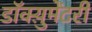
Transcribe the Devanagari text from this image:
डॉक्य़ुमेंटरी